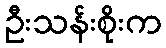
ဦးသန်းစိုးက